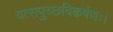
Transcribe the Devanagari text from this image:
वत्सपुच्छविकर्षणः।